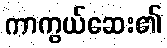
ကာကွယ်ဆေး၏